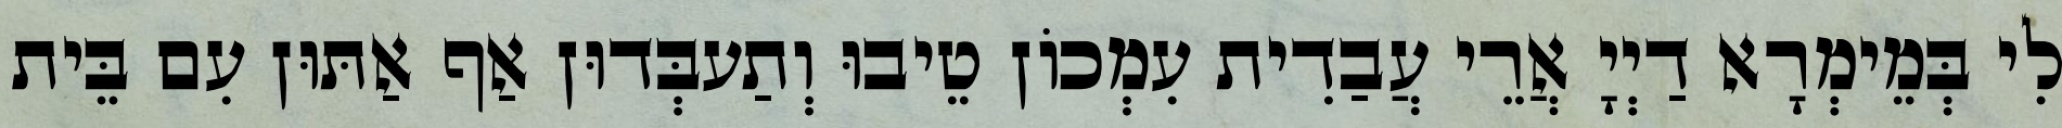
לִי בְּמֵימְרָא דַיְיָ אֲרֵי עֲבַדִית עִמְכוֹן טֵיבוּ וְתַעבְּדוּן אַף אַתּוּן עִם בֵּית